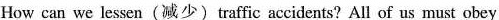
How can we lessen (减少) traffic accidents? All of us must obey